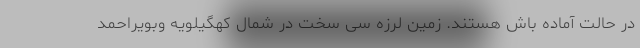
در حالت آماده باش هستند. زمین لرزه سی سخت در شمال کهگیلویه وبویراحمد